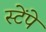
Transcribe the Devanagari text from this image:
स्टेंपे